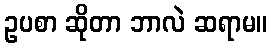
ဥပစာ ဆိုတာ ဘာလဲ ဆရာမ။